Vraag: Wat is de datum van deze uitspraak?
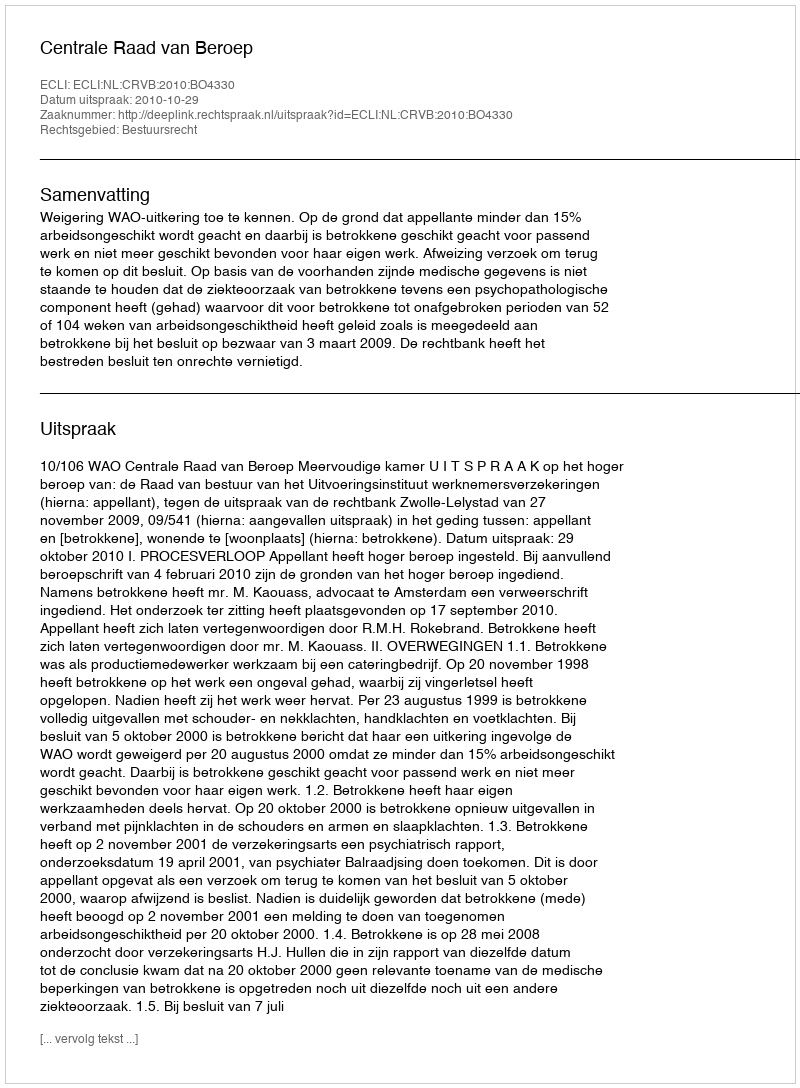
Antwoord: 2010-10-29